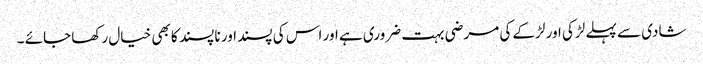
شادی سے پہلے لڑکی اور لڑکے کی مرضی بہت ضروری ہے اور اس کی پسند اور نا پسند کا بھی خیال رکھا جائے ۔